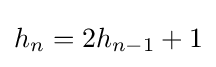
h_{n}=2h_{n-1}+1